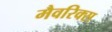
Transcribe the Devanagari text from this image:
मैवरिक्स